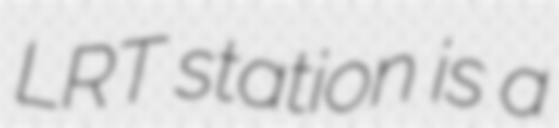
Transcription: LRT station is a